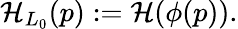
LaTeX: \mathcal{H}_{L_{0}}(p):=\mathcal{H}(\phi(p)).